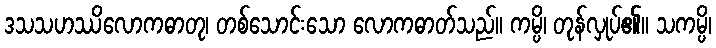
ဒသသဟဿိလောကဓာတု၊ တစ်သောင်းသော လောကဓာတ်သည်။ ကမ္ပိ၊ တုန်လှုပ်၏။ သကမ္ပိ၊